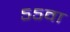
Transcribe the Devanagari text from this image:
५५वा